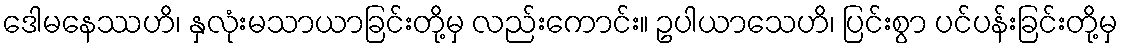
ဒေါမနေဿဟိ၊ နှလုံးမသာယာခြင်းတို့မှ လည်းကောင်း။ ဥပါယာသေဟိ၊ ပြင်းစွာ ပင်ပန်းခြင်းတို့မှ